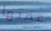
عمتها